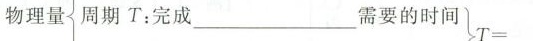
物理量周期T：完成___需要的时间$$T =$$